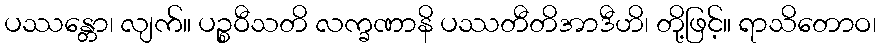
ပဿန္တော၊ လျက်။ ပဉ္စဝီသတိ လက္ခဏာနိ ပဿတီတိအာဒီဟိ၊ တို့ဖြင့်။ ရာသိတောဝ၊